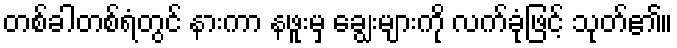
တစ်ခါတစ်ရံတွင် နားကာ နဖူးမှ ချွေးများကို လက်ခုံဖြင့် သုတ်၏။